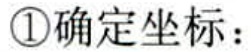
\textcircled{1}确定坐标：